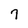
Character: 7